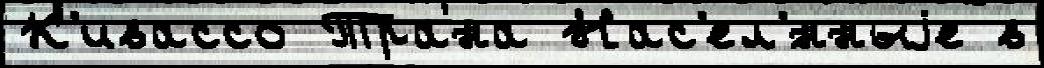
К'ивассо Трана Нас'ел'́нныjе в